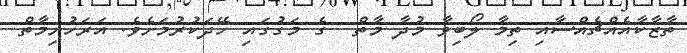
ތާޒާކާއެއްޗެއްސާއި ތިމާ ލޯބިވާ މުދާ މާތް  ގެ މަގުގައި ހޭދަކުރުމަށެވެ. އަރަހުށިމާތް